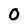
Character: 0